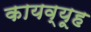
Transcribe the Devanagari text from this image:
कायव्यूह